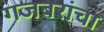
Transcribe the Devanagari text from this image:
गजबरांचा